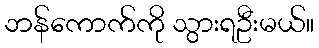
ဘန်ကောက်ကို သွားရဦးမယ်။